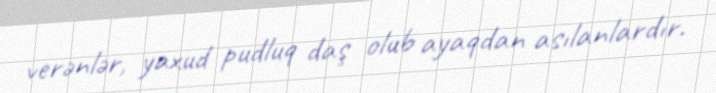
verənlər, yaxud pudluq daş olub ayaqdan asılanlardır.